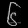
Digit: ၆